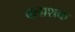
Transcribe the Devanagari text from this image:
बलाशक